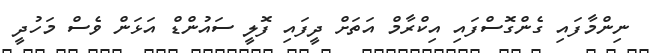
ނިންމާފައި ގެންގޮސްފައި އިކްރާމް އަތަށް ދީފައި ފޮލީ ސައުންޑް އަޅަން ވެސް މަހުދީ